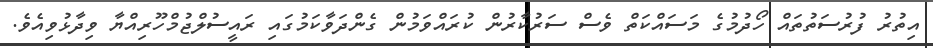
އިތުރު ފުރުސަތުތައް ހޯދުމުގެ މަސައްކަތް ވެސް ސަރުކާރުން ކުރައްވަމުން ގެންދަވާކަމުގައި ރައީސުލްޖުމްހޫރިއްޔާ ވިދާޅުވިއެވެ.